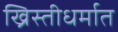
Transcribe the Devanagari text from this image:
ख्रिस्तीधर्मात